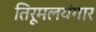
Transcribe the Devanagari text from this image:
तिरूमलयंगार